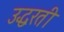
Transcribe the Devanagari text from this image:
उद्धरती